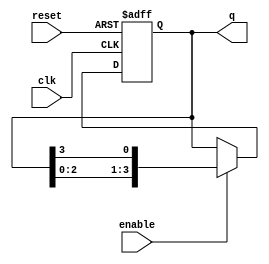
module ring_counter #(
    parameter N = 4 // Number of flip-flops (states)
) (
    input wire clk,        // Clock input
    input wire reset,      // Asynchronous reset
    input wire enable,     // Clock enable
    output reg [N-1:0] q   // Output of the ring counter
);

    // Initial state
    initial begin
        q = 1'b1; // Start with the first flip-flop set to '1'
    end

    always @(posedge clk or posedge reset) begin
        if (reset) begin
            q <= 1'b1; // Reset to initial state
        end else if (enable) begin
            // Shift the '1' to the right
            q <= {q[N-2:0], q[N-1]}; // Circular shift
        end
    end

endmodule